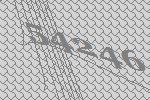
54246